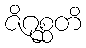
ဇိဂုစ္ဆတိ